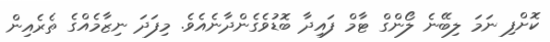
ކޮށްފި ނަމަ ލިބޭނެ ލޯންގް ޓާމް ފައިދާ ބޮޑުވެގެންދާނެއެވެ. މިފަދަ ނިޒާމެއްގެ ތެރެއިން